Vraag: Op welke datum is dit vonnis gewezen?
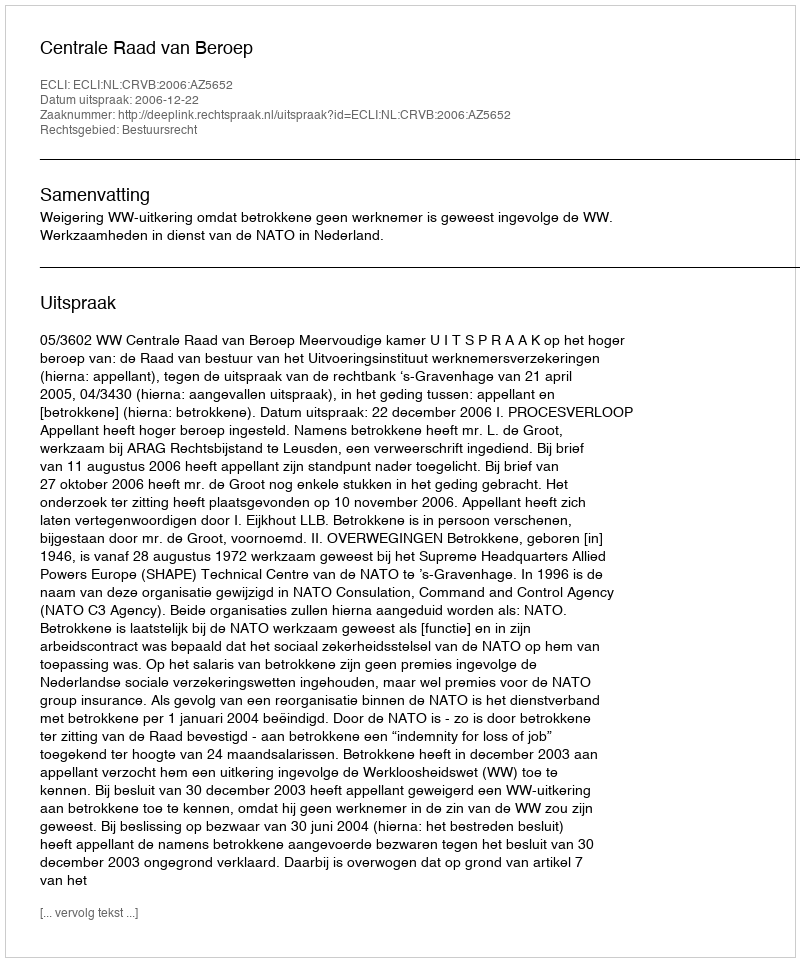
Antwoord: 2006-12-22